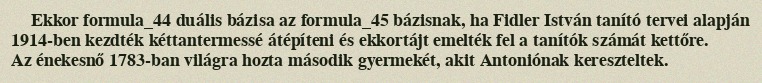
Ekkor formula_44 duális bázisa az formula_45 bázisnak, ha Fidler István tanító tervei alapján 1914-ben kezdték kéttantermessé átépíteni és ekkortájt emelték fel a tanítók számát kettőre. Az énekesnő 1783-ban világra hozta második gyermekét, akit Antoniónak kereszteltek.